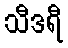
သီဒရီ